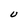
Character: U